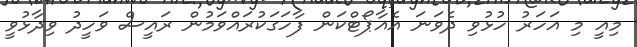
މިއީ މި އަހަރު ހުޅުވި ދެވަނަ އެއާޕޯޓްކަން ފާހަގަކުރައްވަމުން ރައީސް ވަހީދު ވިދާޅުވީ